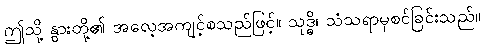
ဤသို့ နွားတို့၏ အလေ့အကျင့်စသည်ဖြင့်။ သုဒ္ဓိ၊ သံသရာမှစင်ခြင်းသည်။